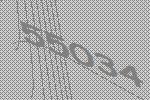
55034